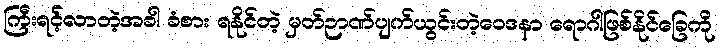
ကြီးရင့်လာတဲ့အခါ ခံစား ရနိုင်တဲ့ မှတ်ဉာဏ်ပျက်ယွင်းတဲ့ဝေဒနာ ရောဂါဖြစ်နိုင်ခြေကို